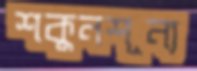
শকুনশূন্য